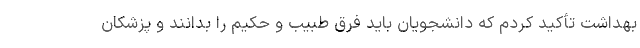
بهداشت تأکید کردم که دانشجویان باید فرق طبیب و حکیم را بدانند و پزشکان